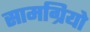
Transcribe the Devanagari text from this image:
सामग्रियो